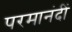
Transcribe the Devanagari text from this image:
परमानंदीं